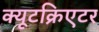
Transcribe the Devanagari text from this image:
क्यूटक्रिएटर